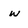
Character: w